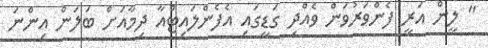
" ލީން އަރީ ފެންވަރުވަން ވެއްދި ގަޑީގައި އެފެންލައިޓްއާ ދިމާއަށް ބަލަން އިންނަ